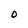
Character: O